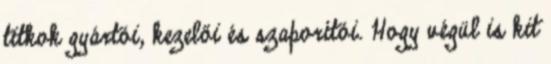
titkok gyártói, kezelői és szapo­rí­­tói. Hogy végül is kit